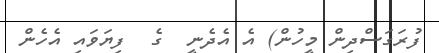
ފުރަގަސްދިން މީހުން) އެ އެދެނީ  ގެ  ފިޔަވައި އެހެން